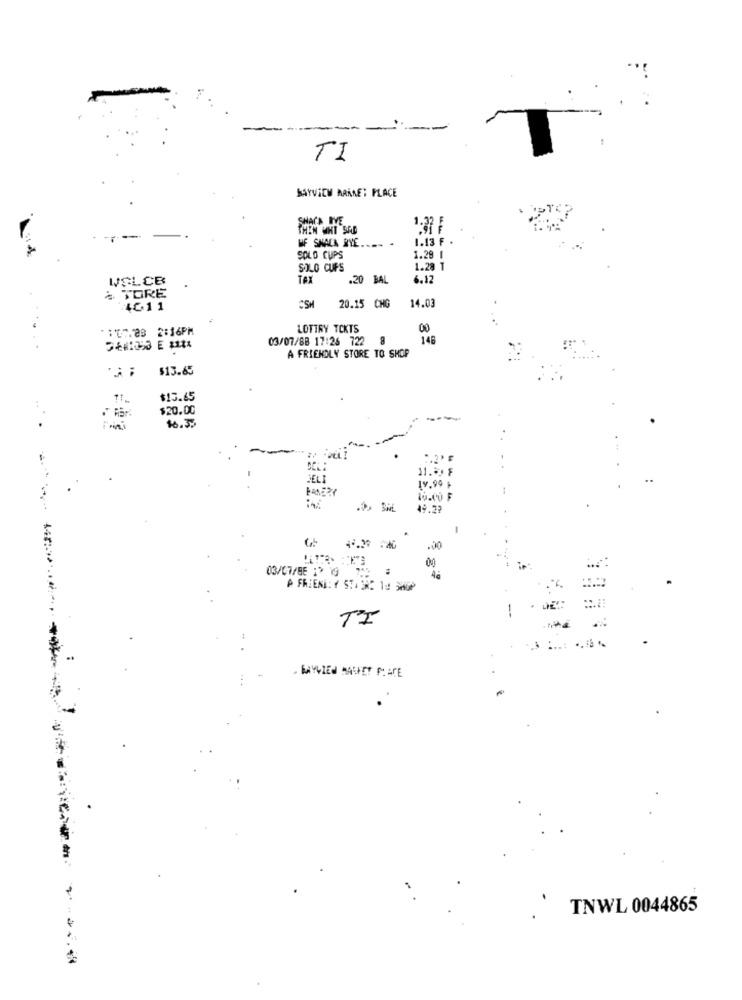
-
TI
BAYVIEW ARKAET PLACE
SHACK IVE
THEN CHT SAD
1.13 F .
MF SNACK RYE .... .
SOLO CUPS
1.29 1
SOLO CUPS
1.28 T
VSLCB
TAX
.20 BAL
6.12
& TORE
14.03
4011
20.15 CHG
: Th83 2:16PM
LOTTRY TCKTS
00
03/07/88 17:26 722
8
148
A FRIENDLY STORE TO SHOP
$13.65
$13.65
$20.00
$6.33
11.9. F
HELI
19.99 +
49.22
-
-
03/07/BE : 19
A FRIEND:Y 51132 10 3000
. BAYVIEW MARKET PLACE
TNWL 0044865
*- 45.0